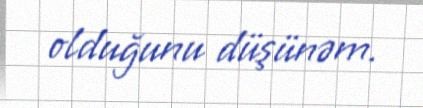
olduğunu düşünəm.